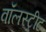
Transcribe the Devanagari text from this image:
वॉलस्ट्रीट